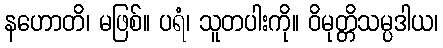
နဟောတိ၊ မဖြစ်။ ပရံ၊ သူတပါးကို။ ဝိမုတ္တိသမ္ပဒါယ၊